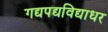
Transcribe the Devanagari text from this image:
गद्यपद्यविद्याधर